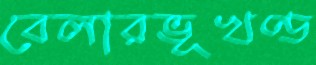
বেলারভূখণ্ড